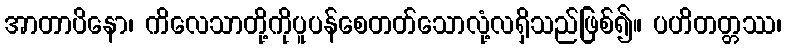
အာတာပိနော၊ ကိလေသာတို့ကိုပူပန်စေတတ်သောလုံ့လရှိသည်ဖြစ်၍။ ပဟိတတ္တဿ၊